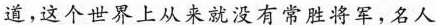
道，这个世界上从来就没有常胜将军，名人